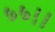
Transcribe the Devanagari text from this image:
७७।।